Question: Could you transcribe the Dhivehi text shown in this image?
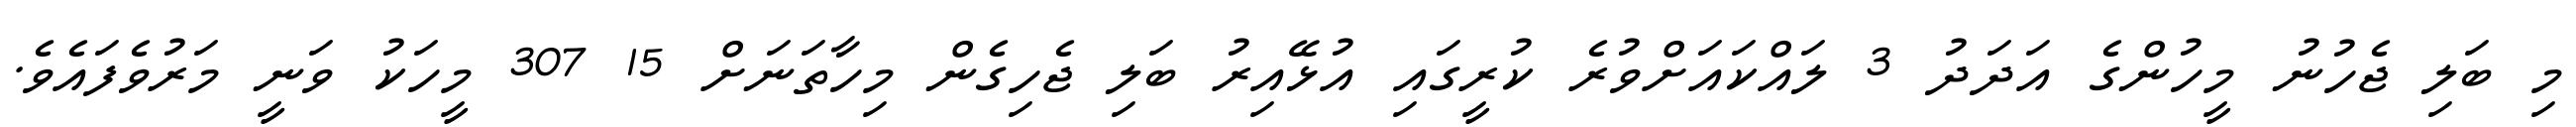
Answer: މި ބަލި ޖެހުނު މީހުންގެ އަދަދު 3 ލައްކައަށްވުރެ ކުރީގައި އުޅޭއިރު ބަލި ޖެހިގެން މިހާތަނަށް 15 307 މީހަކު ވަނީ މަރުވެފައެވެ.